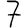
Digit: 7